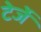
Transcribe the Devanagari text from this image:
टेर्जे